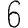
Digit: 6